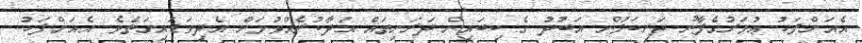
އެއަށްފަހު ޢުމަރުގެފާނު ދަރިކަލުން އަބުދު ގެ ކިބައިން ދަރަނިތައް އަދާކުރެއްވުމަށް އެދިވަޑައިގަތެވެ. އެއަށްފަހު